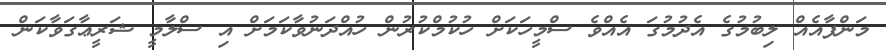
މަންފާއެއް ލިބުމުގެ އެދުމުގަ އެއްވެ ސްމީހަކަށް ހުކުމްކުރުން ހުއްދަނުވާކަމަށް އި ސްލާމީ ޝަރީޢާގަވާކަން